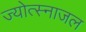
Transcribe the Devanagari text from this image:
ज्योत्स्नाजल